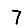
Digit: 7